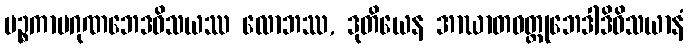
ပဉ္စကာမဂုဏဘေဒဝိသယဿ လောဘဿ, ဒုတိယေန အာဃာတဝတ္ထုဘေဒါဒိဝိသယာနံ